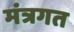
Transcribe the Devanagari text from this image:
मंत्रगत